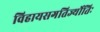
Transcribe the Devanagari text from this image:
विहायसगतिर्ज्योतिः